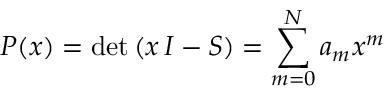
P ( x ) = \mathrm { d e t } \left( x \, I - S \right) = \sum _ { m = 0 } ^ { N } a _ { m } x ^ { m }